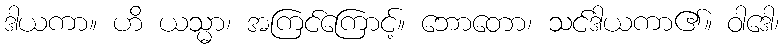
ဒါယကာ။ ဟိ ယသ္မာ၊ အကြင်ကြောင့်။ ဘောတော၊ သင်ဒါယကာ၏။ ဝါဒေါ၊